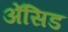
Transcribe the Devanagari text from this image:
ॲेसिड